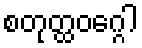
စတုတ္ထဝဂ္ဂေါ